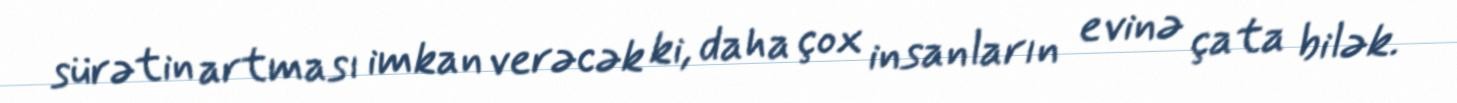
sürətin artması imkan verəcək ki, daha çox insanların evinə çata bilək.